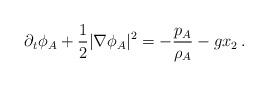
LaTeX: \begin{align*}\partial_t \phi_{A}+\frac{1}{2}\vert \nabla \phi_{A} \vert^2=-\frac{p_{A}}{\rho_{A}}-g x_{2} \,.\end{align*}